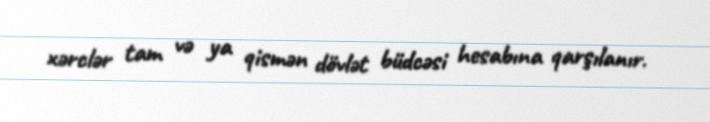
xərclər tam və ya qismən dövlət büdcəsi hesabına qarşılanır.